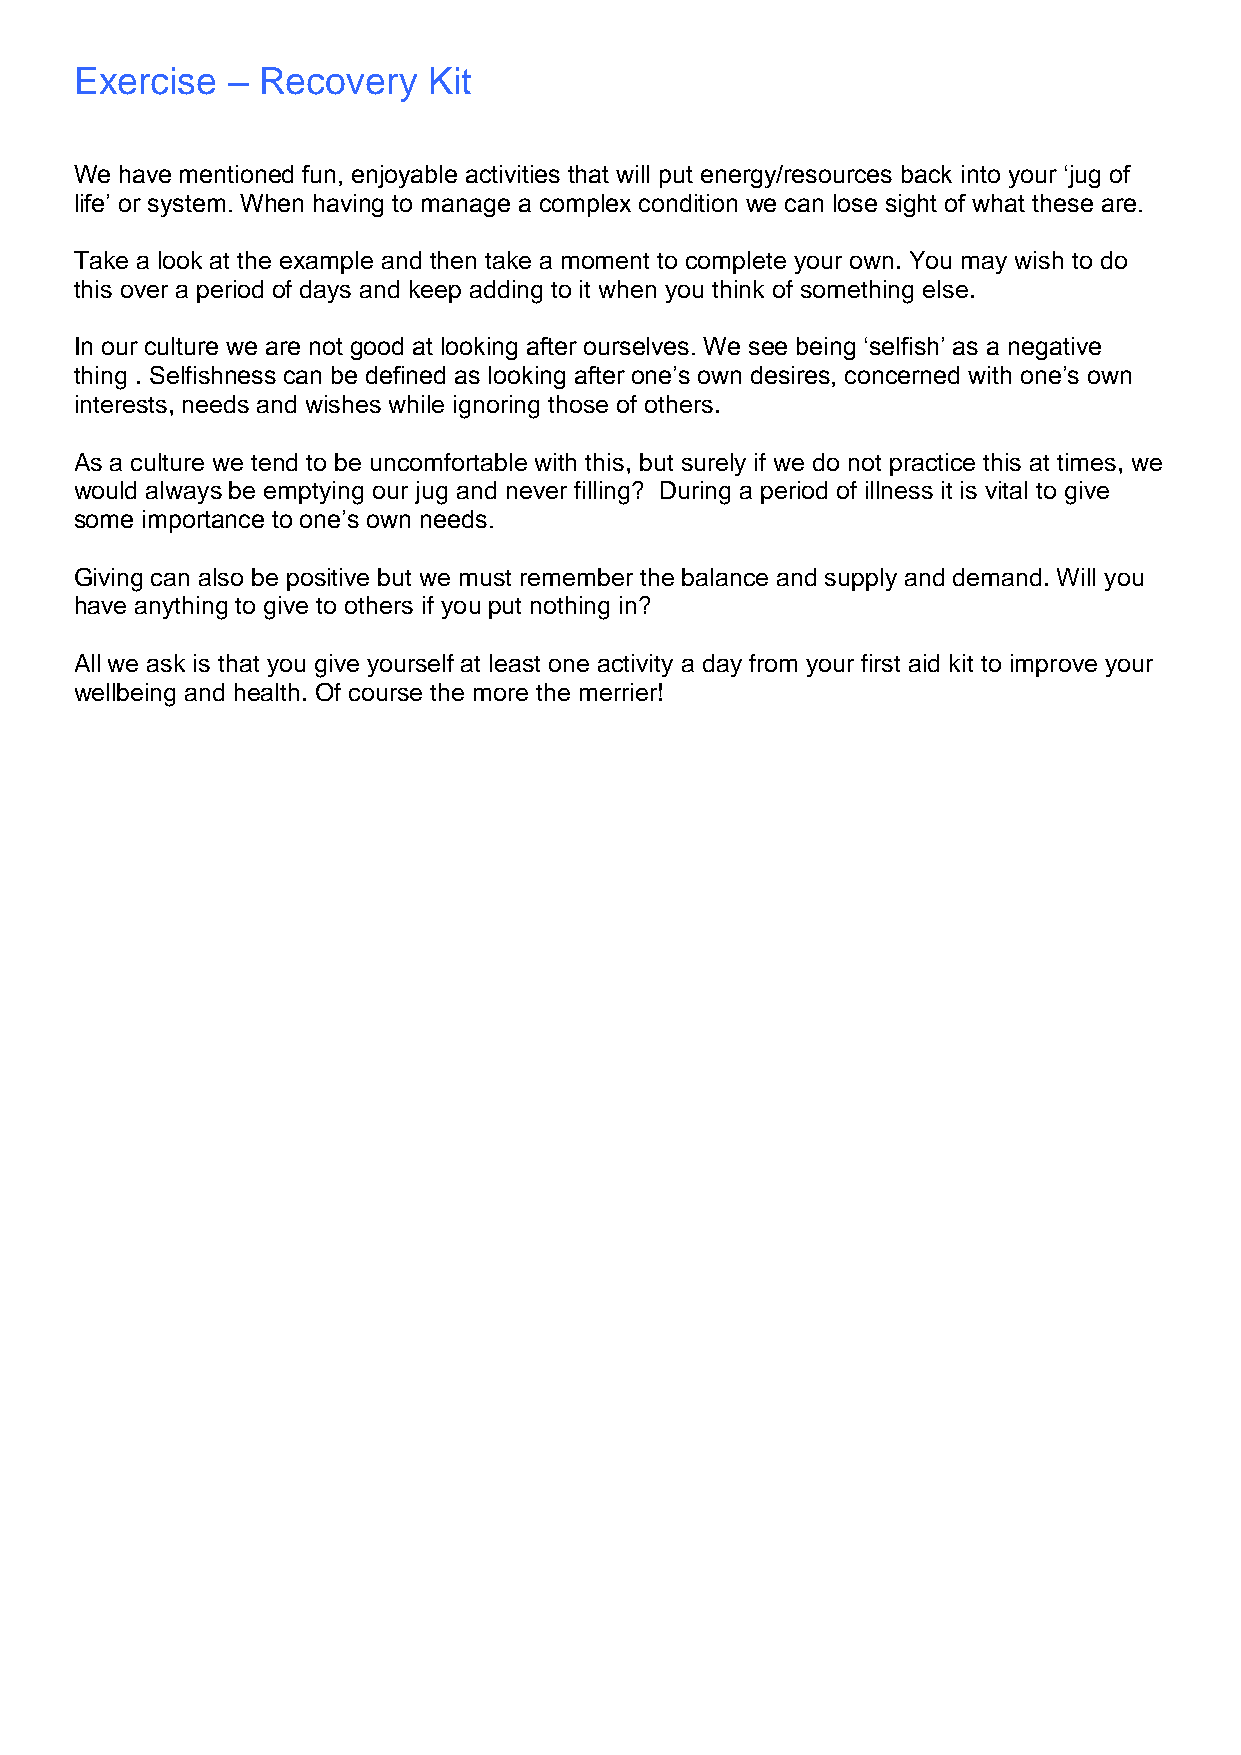
Exercise  – Recovery   Kit
 We have mentioned fun, enjoyable activities that will put energy/resources back into your ‘jug of
 life’ or system. When having to manage a complex condition we can lose sight of what these are.
 Take a look at the example and then take a moment to complete your own. You may wish to do
 this over a period of days and keep adding to it when you think of something else.
 In our culture we are not good at looking after ourselves. We see being ‘selfish’ as a negative
 thing . Selfishness can be defined as looking after one’s own desires, concerned with one’s own
 interests, needs and wishes while ignoring those of others.
 As a culture we tend to be uncomfortable with this, but surely if we do not practice this at times, we
 would always be emptying our jug and never filling? During a period of illness it is vital to give
 some importance to one’s own needs.
 Giving can also be positive but we must remember the balance and supply and demand. Will you
 have anything to give to others if you put nothing in?
 All we ask is that you give yourself at least one activity a day from your first aid kit to improve your
 wellbeing and health. Of course the more the merrier!